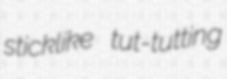
sticklike tut-tutting